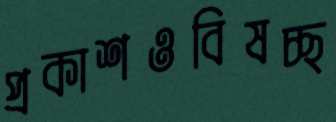
প্রকাশওবিষচ্ছ